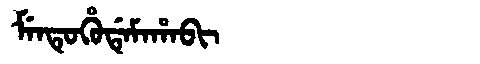
Manchu: ᠮᡝᠨᡨᡠᡥᡠᡩᡝᠮᠠᡥᠠᠪᡳ
Romanization: MENTUHUDEMAHABI